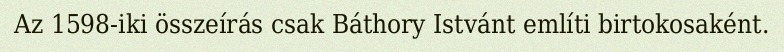
Az 1598-iki összeírás csak Báthory Istvánt említi birtokosaként.